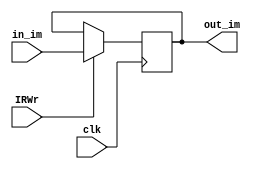
module InsReader(input [31:0] in_im,  
         input IRWr,  
         input clk, 
         output reg [31:0] out_im  );
always @(posedge clk) begin
        if(IRWr) out_im <= in_im;  
end
endmodule